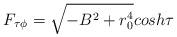
LaTeX: \begin{align*}F_{\tau \phi}= \sqrt{-B^2+r_0^4} cosh \tau\end{align*}